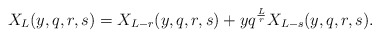
\begin{align*}X_L(y,q,r,s)=X_{L-r}(y,q,r,s)+yq^{L\over r}X_{L-s}(y,q,r,s). \end{align*}